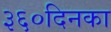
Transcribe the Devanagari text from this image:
३६०दिनका